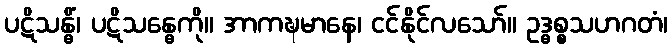
ပဋိသန္ဓိံ၊ ပဋိသန္ဓေကို။ အာကဍ္ဎမာနေ၊ ငင်နိုင်လသော်။ ဥဒ္ဓစ္စသဟဂတံ၊